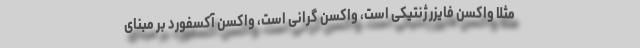
مثلا واکسن فایزر ژنتیکی است، واکسن گرانی است، واکسن آکسفورد بر مبنای